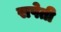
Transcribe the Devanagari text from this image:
सपेती